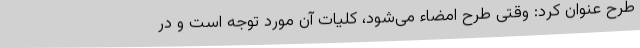
طرح عنوان کرد: وقتی طرح امضاء می‌شود، کلیات آن مورد توجه است و در